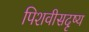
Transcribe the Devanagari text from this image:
पिशवीसदृष्य